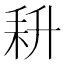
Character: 𰭰